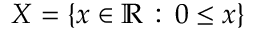
X = \{ x \in \mathbb { R } \, : \, 0 \leq x \}